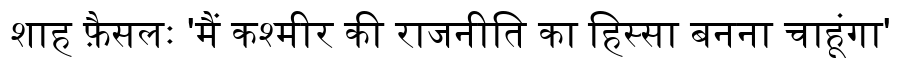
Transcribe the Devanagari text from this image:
शाह फ़ैसलः 'मैं कश्मीर की राजनीति का हिस्सा बनना चाहूंगा'